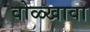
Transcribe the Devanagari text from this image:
वोळ्खावा